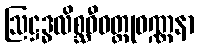
ဩဋ္ဌဒ္ဓလိစ္ဆဝီဝတ္ထုဝဏ္ဏနာ